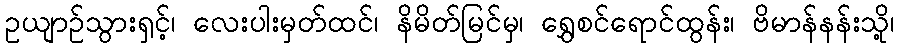
ဥယျာဉ်သွားရှင့်၊ လေးပါးမှတ်ထင်၊ နိမိတ်မြင်မှ၊ ရွှေစင်ရောင်ထွန်း၊ ဗိမာန်နန်းသို့၊